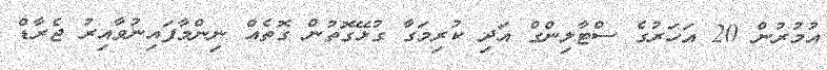
އުމުރުން 20 އަހަރުގެ ސްޓާލިންގް އަދި ކުރިމަގާ ގުޅޭގޮތުން ގޮތެއް ނިންމާފައިނުވާއިރު ޖެރާޑް